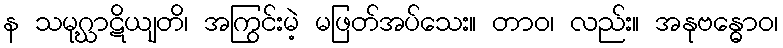
န သမုဂ္ဃာဋိယျတိ၊ အကြွင်းမဲ့ မဖြတ်အပ်သေး။ တာဝ၊ လည်း။ အနုဗန္ဓောဝ၊